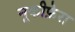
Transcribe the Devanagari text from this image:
नूकीफ़ेरा